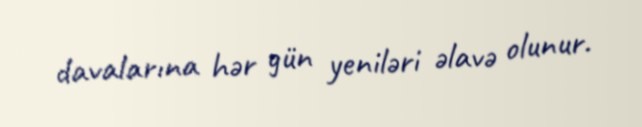
davalarına hər gün yeniləri əlavə olunur.